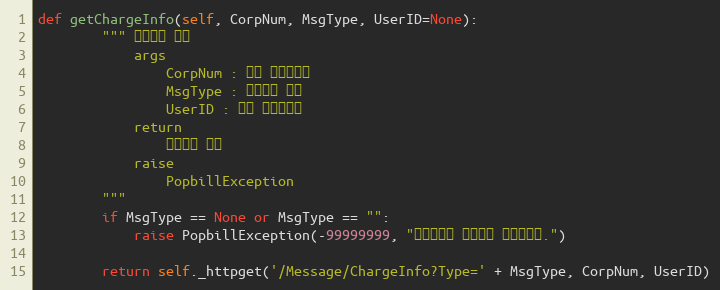
Language: Python
def getChargeInfo(self, CorpNum, MsgType, UserID=None):
        """ 과금정보 확인
            args
                CorpNum : 회원 사업자번호
                MsgType : 문자전송 유형
                UserID : 팝빌 회원아이디
            return
                과금정보 객체
            raise
                PopbillException
        """
        if MsgType == None or MsgType == "":
            raise PopbillException(-99999999, "전송유형이 입력되지 않았습니다.")

        return self._httpget('/Message/ChargeInfo?Type=' + MsgType, CorpNum, UserID)